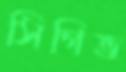
সিগিভ